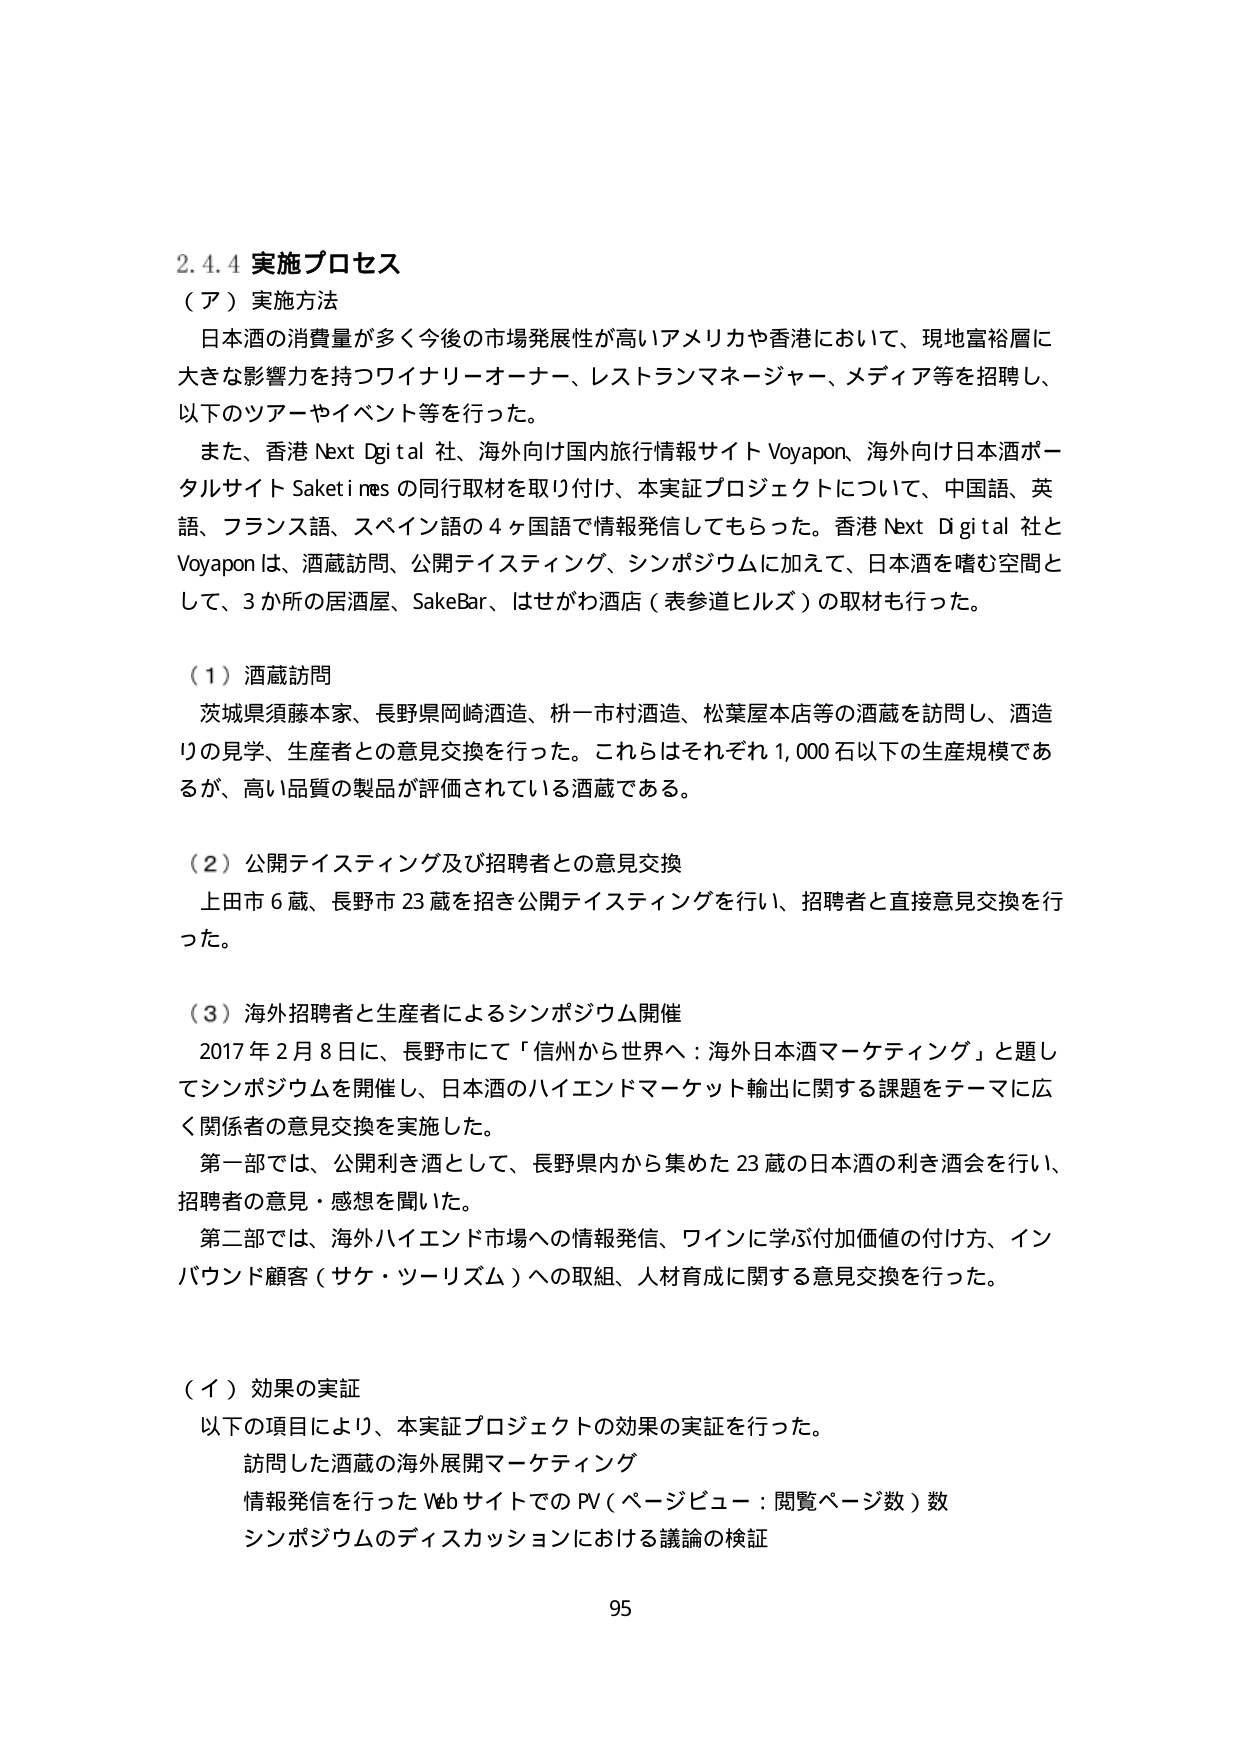
2.4.4 実施プロセス
（ア）実施方法
日本酒の消費量が多く今後の市場発展性が高いアメリカや香港において、現地富裕層に
大きな影響力を持つワイナリーオーナー、レストランマネージャー、メディア等を招聘し、
以下のツアー やイベント等を行った。
また、香港 Next Digital 社、海外向け国内旅行情報サイト Voyapon、海外向け日本酒ポー
タルサイト Saketinés の同行取材を取り付け、本実証プロジェクトについて、中国語、英
語、フランス語、スペイン語の 4 か国語で情報発信してもらった。香港 Next Digital 社と
Voyapon は、酒蔵訪問、公開テイスティング、シンポジウムに加えて、日本酒を嗜む空間と
して、3 か所の居酒屋、SakeBar、はせがわ酒店（表参道ヒルズ）の取材も行った。

（1）酒蔵訪問
茨城県須藤本家、長野県岡崎酒造、栃一市村酒造、松葉屋本店等の酒蔵を訪問し、酒造
りの見学、生産者との意見交換を行った。これらはそれぞれ 1,000 石以下の生産規模であ
るが、高い品質の製品が評価されている酒蔵である。

（2）公開テイスティング及び招聘者との意見交換
上田市 6 蔵、長野市 23 蔵を招き公開テイスティングを行い、招聘者と直接意見交換を行
った。

（3）海外招聘者と生産者によるシンポジウム開催
2017 年 2 月 8 日に、長野市にて「信州から世界へ：海外日本酒マーケティング」と題し
てシンポジウムを開催し、日本酒のハイエンドマーケット輸出に関する課題をテーマに広
く関係者の意見交換を実施した。
第一部では、公開利き酒として、長野県内から集めた 23 蔵の日本酒の利き酒会を行い、
招聘者の意見・感想を聞いた。
第二部では、海外ハイエンド市場への情報発信、ワインに学ぶ付加価値の付け方、イン
バウンド顧客（サケ・ツーリズム）への取組、人材育成に関する意見交換を行った。

（イ）効果の実証
以下の項目により、本実証プロジェクトの効果の実証を行った。
訪問した酒蔵の海外展開マーケティング
情報発信を行った Web サイトでの PV（ページビュー：閲覧ページ数）数
シンポジウムのディスカッションにおける議論の検証
95